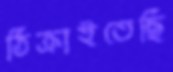
ঠিক্‌রাইতেছি